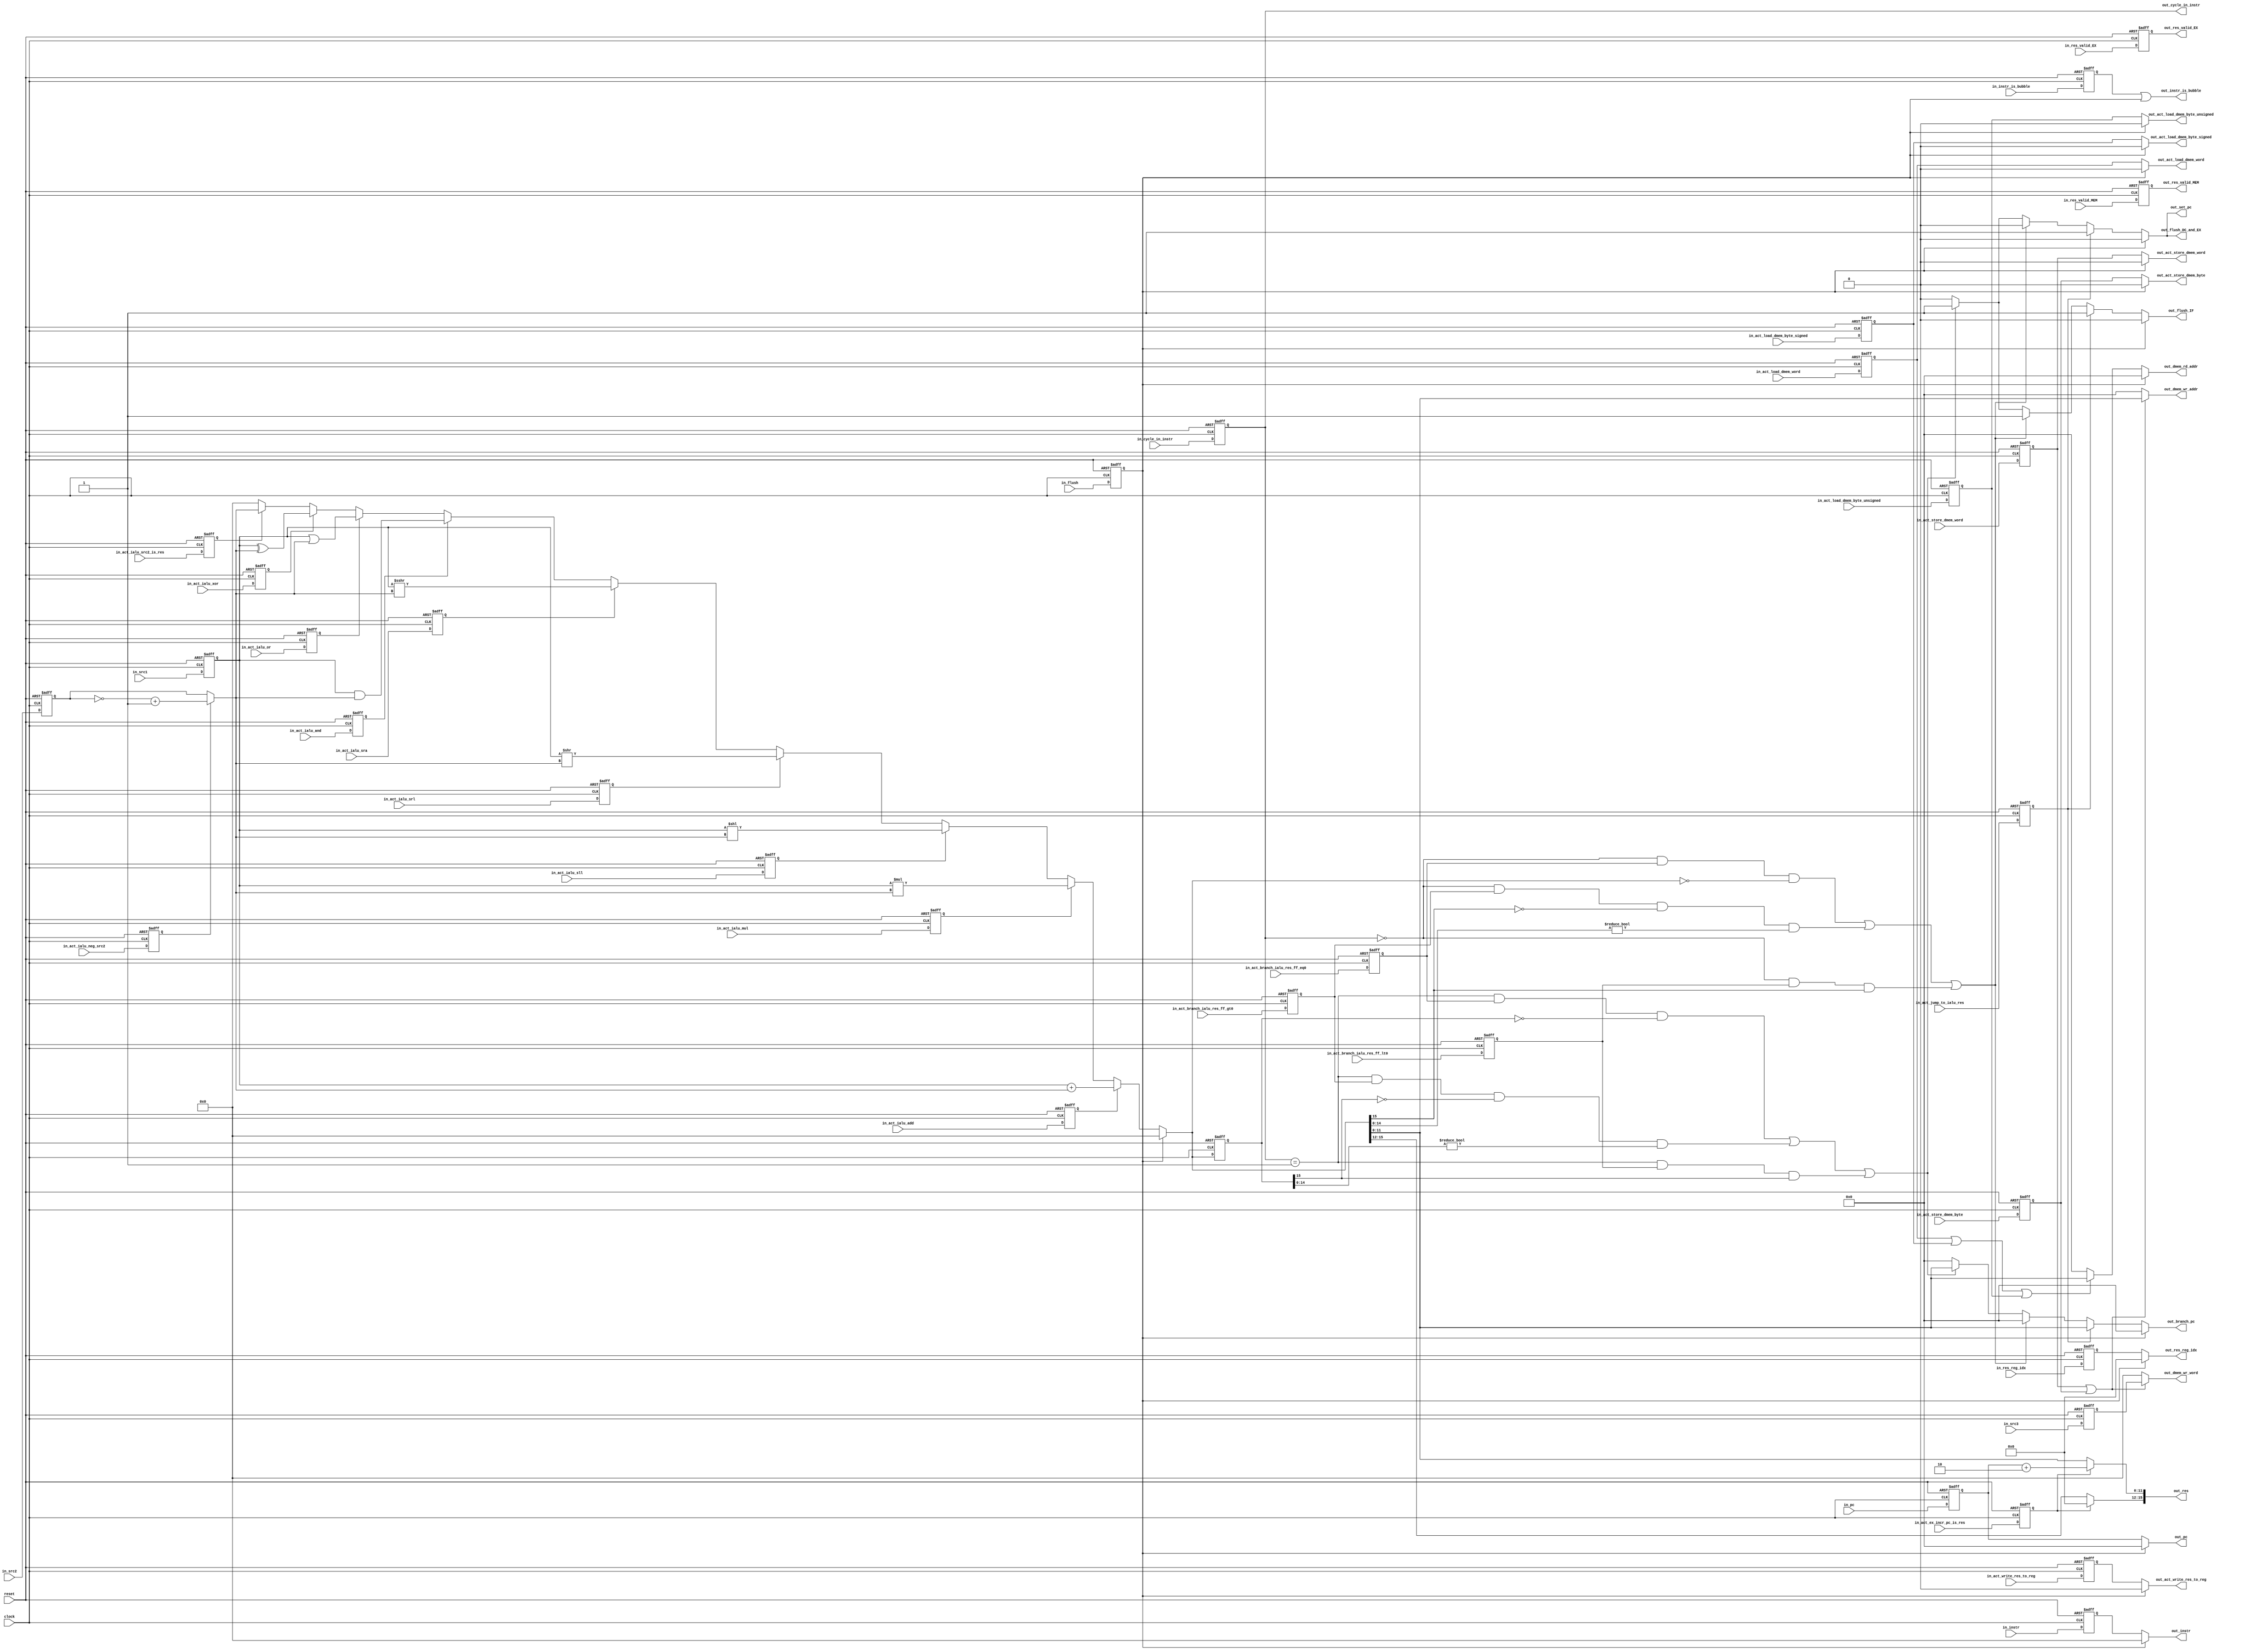
module exec #(parameter DMEM_ADDR_WIDTH = 12,
                        DMEM_WORD_WIDTH = 16,
                        IALU_WORD_WIDTH = 16,
                        OPCODE_WIDTH    =  4,
                        PC_INCREMENT    =  2,
                        PC_WIDTH        = 12,
                        PMEM_ADDR_WIDTH = 12,
                        PMEM_WORD_WIDTH = 16,
                        REG_IDX_WIDTH   =  4)
             (
             input                         clock,
             input                         reset,
             input                         in_act_branch_ialu_res_ff_eq0,
             input                         in_act_branch_ialu_res_ff_gt0,
             input                         in_act_branch_ialu_res_ff_lt0,
             input                         in_act_ex_incr_pc_is_res,
             input                         in_act_ialu_add,
             input                         in_act_ialu_and,
             input                         in_act_ialu_mul,
             input                         in_act_ialu_neg_src2,
             input                         in_act_ialu_or,
             input                         in_act_ialu_sll,
             input                         in_act_ialu_sra,
             input                         in_act_ialu_src2_is_res,
             input                         in_act_ialu_srl,
             input                         in_act_ialu_xor,
             input                         in_act_jump_to_ialu_res,
             input                         in_act_load_dmem_byte_signed,
             input                         in_act_load_dmem_byte_unsigned,
             input                         in_act_load_dmem_word,
             input                         in_act_store_dmem_byte,
             input                         in_act_store_dmem_word,
             input                         in_act_write_res_to_reg,
             input                  [2:0]  in_cycle_in_instr,
             input                         in_flush,
             input  [PMEM_WORD_WIDTH-1:0]  in_instr,
             input                         in_instr_is_bubble,
             input  [       PC_WIDTH-1:0]  in_pc,
             input  [  REG_IDX_WIDTH-1:0]  in_res_reg_idx,
             input                         in_res_valid_EX,
             input                         in_res_valid_MEM,
             input  [IALU_WORD_WIDTH-1:0]  in_src1,
             input  [IALU_WORD_WIDTH-1:0]  in_src2,
             input  [IALU_WORD_WIDTH-1:0]  in_src3,
             output                        out_act_load_dmem_byte_signed,
             output                        out_act_load_dmem_byte_unsigned,
             output                        out_act_load_dmem_word,
             output                        out_act_store_dmem_byte,
             output                        out_act_store_dmem_word,
             output                        out_act_write_res_to_reg,
             output [PMEM_ADDR_WIDTH-1:0]  out_branch_pc,
             output                 [2:0]  out_cycle_in_instr,
             output [DMEM_ADDR_WIDTH-1:0]  out_dmem_rd_addr,
             output [DMEM_ADDR_WIDTH-1:0]  out_dmem_wr_addr,
             output [DMEM_WORD_WIDTH-1:0]  out_dmem_wr_word,
             output                        out_flush_DC_and_EX,
             output                        out_flush_IF,
             output [PMEM_WORD_WIDTH-1:0]  out_instr,
             output                        out_instr_is_bubble,
             output [       PC_WIDTH-1:0]  out_pc,
             output [IALU_WORD_WIDTH-1:0]  out_res,
             output [  REG_IDX_WIDTH-1:0]  out_res_reg_idx,
             output                        out_res_valid_EX,
             output                        out_res_valid_MEM,
             output                        out_set_pc
             );

    // Sampled inputs
    reg                                act_branch_ialu_res_ff_eq0_ff;
    reg                                act_branch_ialu_res_ff_gt0_ff;
    reg                                act_branch_ialu_res_ff_lt0_ff;
    reg                                act_ex_incr_pc_is_res_ff;
    reg                                act_ialu_add_ff;
    reg                                act_ialu_and_ff;
    reg                                act_ialu_mul_ff;
    reg                                act_ialu_neg_src2_ff;
    reg                                act_ialu_or_ff;
    reg                                act_ialu_sll_ff;
    reg                                act_ialu_sra_ff;
    reg                                act_ialu_srl_ff;
    reg                                act_ialu_src2_is_res_ff;
    reg                                act_ialu_xor_ff;
    reg                                act_jump_to_ialu_res_ff;
    reg                                act_load_dmem_byte_signed_ff;
    reg                                act_load_dmem_byte_unsigned_ff;
    reg                                act_load_dmem_word_ff;
    reg                                act_store_dmem_byte_ff;
    reg                                act_store_dmem_word_ff;
    reg                                act_write_res_to_reg_ff;
    reg                         [2:0]  cycle_in_instr_ff;
    reg                                flush_ff;
    reg         [PMEM_WORD_WIDTH-1:0]  instr_ff;
    reg                                instr_is_bubble_ff;
    reg         [       PC_WIDTH-1:0]  pc_ff;
    reg         [  REG_IDX_WIDTH-1:0]  res_reg_idx_ff;
    reg                                res_valid_EX_ff;
    reg                                res_valid_MEM_ff;
    reg  signed [IALU_WORD_WIDTH-1:0]  src1_ff;
    reg  signed [IALU_WORD_WIDTH-1:0]  src2_ff;
    reg         [IALU_WORD_WIDTH-1:0]  src3_ff;

    // Modified version of src1, src2 (potentially negated)
    wire [IALU_WORD_WIDTH-1:0]  src2_mod;
    assign src2_mod = (act_ialu_neg_src2_ff == 0) ? src2_ff : (~src2_ff + 1'b1);

    // Current instruction is a bubble if
    // - it was marked so by DC
    // - EX issued a self-flush in the previous cycle
    assign out_instr_is_bubble = (instr_is_bubble_ff | flush_ff);
    
    // Inform DC stage whether or not the result of EX stage is valid
    assign out_res_valid_EX    = res_valid_EX_ff;
    assign out_res_valid_MEM   = res_valid_MEM_ff;

    // Forwarding ctrl signals
    assign out_cycle_in_instr  = cycle_in_instr_ff;

    // ALU regs
    reg  [IALU_WORD_WIDTH-1:0]  ialu_res;
    reg  [IALU_WORD_WIDTH-1:0]  ialu_res_ff;
    
    //==============================================
    // Register: sampled inputs
    //==============================================
    always @(posedge clock or posedge reset)
    begin
        if (!reset) begin
            act_branch_ialu_res_ff_eq0_ff  <= in_act_branch_ialu_res_ff_eq0;
            act_branch_ialu_res_ff_gt0_ff  <= in_act_branch_ialu_res_ff_gt0;
            act_branch_ialu_res_ff_lt0_ff  <= in_act_branch_ialu_res_ff_lt0;
            act_ex_incr_pc_is_res_ff       <= in_act_ex_incr_pc_is_res;
            act_ialu_add_ff                <= in_act_ialu_add;
            act_ialu_and_ff                <= in_act_ialu_and;
            act_ialu_mul_ff                <= in_act_ialu_mul;
            act_ialu_neg_src2_ff           <= in_act_ialu_neg_src2;
            act_ialu_or_ff                 <= in_act_ialu_or;
            act_ialu_sll_ff                <= in_act_ialu_sll;
            act_ialu_sra_ff                <= in_act_ialu_sra;
            act_ialu_src2_is_res_ff        <= in_act_ialu_src2_is_res;
            act_ialu_srl_ff                <= in_act_ialu_srl;
            act_ialu_xor_ff                <= in_act_ialu_xor;
            act_jump_to_ialu_res_ff        <= in_act_jump_to_ialu_res;
            act_load_dmem_byte_signed_ff   <= in_act_load_dmem_byte_signed;
            act_load_dmem_byte_unsigned_ff <= in_act_load_dmem_byte_unsigned;
            act_load_dmem_word_ff          <= in_act_load_dmem_word;
            act_store_dmem_byte_ff         <= in_act_store_dmem_byte;
            act_store_dmem_word_ff         <= in_act_store_dmem_word;
            act_write_res_to_reg_ff        <= in_act_write_res_to_reg;
            cycle_in_instr_ff              <= in_cycle_in_instr;
            flush_ff                       <= in_flush;
            instr_ff                       <= in_instr;
            instr_is_bubble_ff             <= in_instr_is_bubble;
            pc_ff                          <= in_pc;
            res_reg_idx_ff                 <= in_res_reg_idx;
            res_valid_EX_ff                <= in_res_valid_EX;
            res_valid_MEM_ff               <= in_res_valid_MEM;
            src1_ff                        <= in_src1;
            src2_ff                        <= in_src2;
            src3_ff                        <= in_src3;
        end
        else begin
            act_branch_ialu_res_ff_eq0_ff  <= 0;
            act_branch_ialu_res_ff_gt0_ff  <= 0;
            act_branch_ialu_res_ff_lt0_ff  <= 0;
            act_ex_incr_pc_is_res_ff       <= 0;
            act_ialu_add_ff                <= 0;
            act_ialu_and_ff                <= 0;
            act_ialu_mul_ff                <= 0;
            act_ialu_neg_src2_ff           <= 0;
            act_ialu_or_ff                 <= 0;
            act_ialu_sll_ff                <= 0;
            act_ialu_sra_ff                <= 0;
            act_ialu_src2_is_res_ff        <= 0;
            act_ialu_srl_ff                <= 0;
            act_ialu_xor_ff                <= 0;
            act_jump_to_ialu_res_ff        <= 0;
            act_load_dmem_byte_signed_ff   <= 0;
            act_load_dmem_byte_unsigned_ff <= 0;
            act_load_dmem_word_ff          <= 0;
            act_store_dmem_byte_ff         <= 0;
            act_store_dmem_word_ff         <= 0;
            act_write_res_to_reg_ff        <= 0;
            cycle_in_instr_ff              <= 0;
            flush_ff                       <= 0;
            instr_ff                       <= 0;
            instr_is_bubble_ff             <= 0;
            pc_ff                          <= 0;
            res_reg_idx_ff                 <= 0;
            res_valid_EX_ff                <= 0;
            res_valid_MEM_ff               <= 0;
            src1_ff                        <= 0;
            src2_ff                        <= 0;
            src3_ff                        <= 0;
        end
    end

    //==============================================
    // Multiplexer:
    // Do not forward values along the pipe in case
    // we are flushing.
    //==============================================
    always @(*)
    begin
        if (flush_ff == 0) begin
            out_act_load_dmem_byte_signed   = act_load_dmem_byte_signed_ff;
            out_act_load_dmem_byte_unsigned = act_load_dmem_byte_unsigned_ff;
            out_act_load_dmem_word          = act_load_dmem_word_ff;
            out_act_store_dmem_byte         = act_store_dmem_byte_ff;
            out_act_store_dmem_word         = act_store_dmem_word_ff;
            out_act_write_res_to_reg        = act_write_res_to_reg_ff;
            out_instr                       = instr_ff;
            out_pc                          = pc_ff;
            out_res_reg_idx                 = res_reg_idx_ff;
        end
        else begin
            out_act_load_dmem_byte_signed   = 0;
            out_act_load_dmem_byte_unsigned = 0;
            out_act_load_dmem_word          = 0;
            out_act_store_dmem_byte         = 0;
            out_act_store_dmem_word         = 0;
            out_act_write_res_to_reg        = 0;
            out_instr                       = 0;
            out_pc                          = 0;
            out_res_reg_idx                 = 0;

        end
    end

    
    //==============================================
    // ALU
    // - write ialu_res
    //==============================================
    always @(*)
    begin
        // Output zero if stage should be flushed
        if (flush_ff == 1) begin
            ialu_res = 0;
        end
        
        // Integer addition, subtraction
        else if (act_ialu_add_ff) begin
            ialu_res = src1_ff + src2_mod;
        end

        // Integer multiplication
        else if (act_ialu_mul_ff) begin
           ialu_res = src1_ff * src2_mod;
        end

        // Shift left logically
        else if (act_ialu_sll_ff) begin
            ialu_res = src1_ff << src2_mod;
        end

        // Shift right logically
        else if (act_ialu_srl_ff) begin
            ialu_res = src1_ff >> src2_mod;
        end

        // Shift right arithmetically
        else if (act_ialu_sra_ff) begin
            ialu_res = src1_ff >>> src2_mod;
        end

        // Bitwise logical and
        else if (act_ialu_and_ff) begin
            ialu_res = src1_ff & src2_mod;
        end
        
        // Bitwise logcial or
        else if (act_ialu_or_ff) begin
            ialu_res = src1_ff | src2_mod;
        end

        // Bitwise logical xor
        else if (act_ialu_xor_ff) begin
            ialu_res = src1_ff ^ src2_mod;
        end

        // Forward src2 directly to ALU res
        else if (act_ialu_src2_is_res_ff) begin
            ialu_res = src2_mod;
        end
        
        // default: do nothing
        else begin
            ialu_res = 0;
        end
    end

    //==============================================
    // Register: sample ialu_res
    // - Some 2-cycle instructions (e.g., branches)
    //   need the result from the previous IALU
    //   cycle.
    //==============================================
    always @(posedge clock or posedge reset)
    begin
        if (!reset) begin
            ialu_res_ff <= ialu_res;
        end
        else begin
            ialu_res_ff <= 0;
        end
    end
    
    //==============================================
    // Jump / Branch
    // - writes: out_flush_DC_and_EX
    //           out_flush_IF
    //           out_set_pc
    //           out_branch_pc
    //==============================================
    always @(*)
    begin
        // Output zero if stage should be flushed
        if (flush_ff == 1) begin
            out_flush_DC_and_EX = 0;
            out_flush_IF        = 0;
            out_set_pc          = 0;
            out_branch_pc       = 0;
        end

        // Trigger jump after getting 2nd instruction word with immedate target address
        else if (act_jump_to_ialu_res_ff) begin
            out_flush_DC_and_EX = 1;
            out_flush_IF        = 1;
            out_set_pc          = 1;
            out_branch_pc       = ialu_res[PMEM_ADDR_WIDTH-1:0];
        end
        
        // All conditional branch instructions (1st cycle)
        // - Flush IF stage in next cycle.
        // - Do not flush DC, EX stage in next cycle. We still have to compute the branch address.
        // - Do not branch, yet.
        else if (    ((cycle_in_instr_ff == 0) && (act_branch_ialu_res_ff_eq0_ff == 1) && (ialu_res == 0))
                  || ((cycle_in_instr_ff == 0) && (act_branch_ialu_res_ff_gt0_ff == 1) && (ialu_res[IALU_WORD_WIDTH-1] == 1'b0) && (ialu_res[IALU_WORD_WIDTH-2:0] != 0))
                  || ((cycle_in_instr_ff == 0) && (act_branch_ialu_res_ff_lt0_ff == 1) && (ialu_res[IALU_WORD_WIDTH-1] == 1'b1))
                )
        begin
            out_flush_DC_and_EX = 0;
            out_flush_IF        = 1;
            out_set_pc          = 0;
            out_branch_pc       = 0;
        end
        
        // All conditional branch instructions (2nd cycle)
        // - Perform actual branch
        else if (    ((cycle_in_instr_ff == 1) && (act_branch_ialu_res_ff_eq0_ff == 1) && (ialu_res_ff == 0))
                  || ((cycle_in_instr_ff == 1) && (act_branch_ialu_res_ff_gt0_ff == 1) && (ialu_res_ff[IALU_WORD_WIDTH-1] == 1'b0) && (ialu_res_ff[IALU_WORD_WIDTH-2:0] != 0))
                  || ((cycle_in_instr_ff == 1) && (act_branch_ialu_res_ff_lt0_ff == 1) && (ialu_res_ff[IALU_WORD_WIDTH-1] == 1'b1))
                )
        begin
            out_flush_DC_and_EX = 1;
            out_flush_IF        = 1;
            out_set_pc          = 1;
            out_branch_pc       = ialu_res[PMEM_ADDR_WIDTH-1:0];
        end
        
        // default: do nothing
        else begin
            out_flush_DC_and_EX = 0;
            out_flush_IF        = 0;
            out_set_pc          = 0;
            out_branch_pc       = 0;
        end
    end

    //==============================================
    // Load / store
    // - writes: out_dmem_rd_addr
    //           out_dmem_wr_addr
    //           out_dmem_wr_word
    //==============================================
    always @(*)
    begin
        // Load from memory
        if (flush_ff == 1) begin
            out_dmem_rd_addr = 0;
        end
        
        else if (act_load_dmem_word_ff | act_load_dmem_byte_signed_ff | act_load_dmem_byte_unsigned_ff) begin
            out_dmem_rd_addr = ialu_res[DMEM_ADDR_WIDTH-1:0];
        end
        
        else begin
            out_dmem_rd_addr = 0;
        end
        
        // Store to memory
        if (flush_ff == 1) begin
            out_dmem_wr_addr = 0;
            out_dmem_wr_word = 0;
        end
        
        if (act_store_dmem_word_ff | act_store_dmem_byte_ff) begin
            out_dmem_wr_addr = ialu_res[DMEM_ADDR_WIDTH-1:0];
            out_dmem_wr_word = src3_ff;
        end
        
        else begin
            out_dmem_wr_addr = 0;
            out_dmem_wr_word = 0;
        end
    end
    
    // Multiplexer: forward either IALU result or incremented PC to result output port of EX stage
    always @(*)
    begin
        if (act_ex_incr_pc_is_res_ff) begin
            out_res[IALU_WORD_WIDTH-1:PC_WIDTH] = 0;
            out_res[       PC_WIDTH-1:       0] = pc_ff+PC_INCREMENT;
        end
        else begin
            out_res = ialu_res;          
        end
    end

endmodule